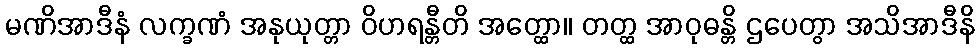
မဏိအာဒီနံ လက္ခဏံ အနုယုတ္တာ ဝိဟရန္တီတိ အတ္ထော။ တတ္ထ အာဝုဓန္တိ ဌပေတွာ အသိအာဒီနိ